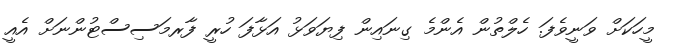
މީހަކަށް ވަނީވެފަ. ހެލްތުން އެންމެ ގިނައިން ފިޔަވަޅު އަޅާފަ ހުރީ ފާރމަސިސްޓުންނަށް އެއީ